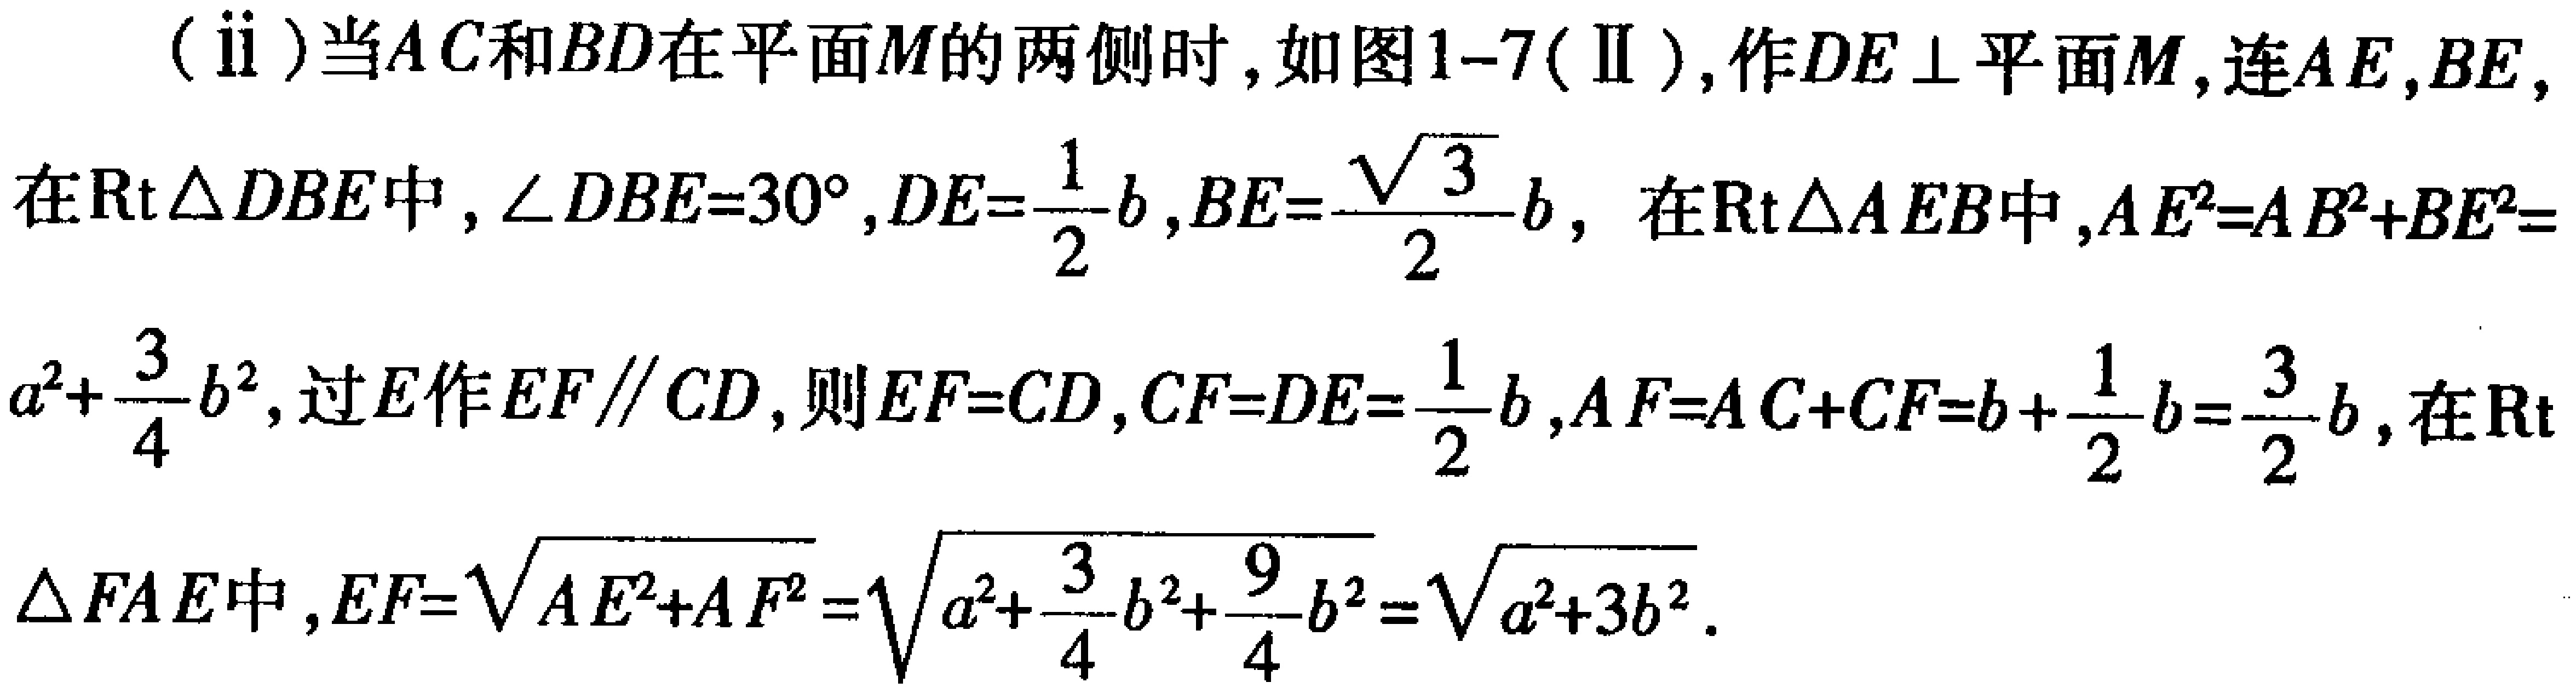
(ii)当 \(AC\)和\(BD\)在平面\(M\)的两侧时，如图1-7(II)，作\(DE \perp\)平面\(M\)，连\(AE,BE\)，

在\(Rt\triangle DBE\)中，\(\angle DBE = 30^{\circ}\)，\(DE=\frac{1}{2}b\)，\(BE = \frac{\sqrt{3}}{2}b\)，在\(Rt\triangle AEB\)中，\(AE^{2}=AB^{2}+BE^{2}=a^{2}+\frac{3}{4}b^{2}\)，过\(E\)作\(EF\parallel CD\)，则\(EF = CD\)，\(CF=DE=\frac{1}{2}b\)，\(AF=AC + CF=b+\frac{1}{2}b=\frac{3}{2}b\)，在\(Rt\triangle FAE\)中，\(EF=\sqrt{AE^{2}+AF^{2}}=\sqrt{a^{2}+\frac{3}{4}b^{2}+\frac{9}{4}b^{2}}=\sqrt{a^{2}+3b^{2}}\)。